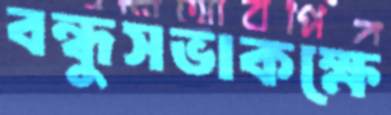
বন্ধুসভাকক্ষে